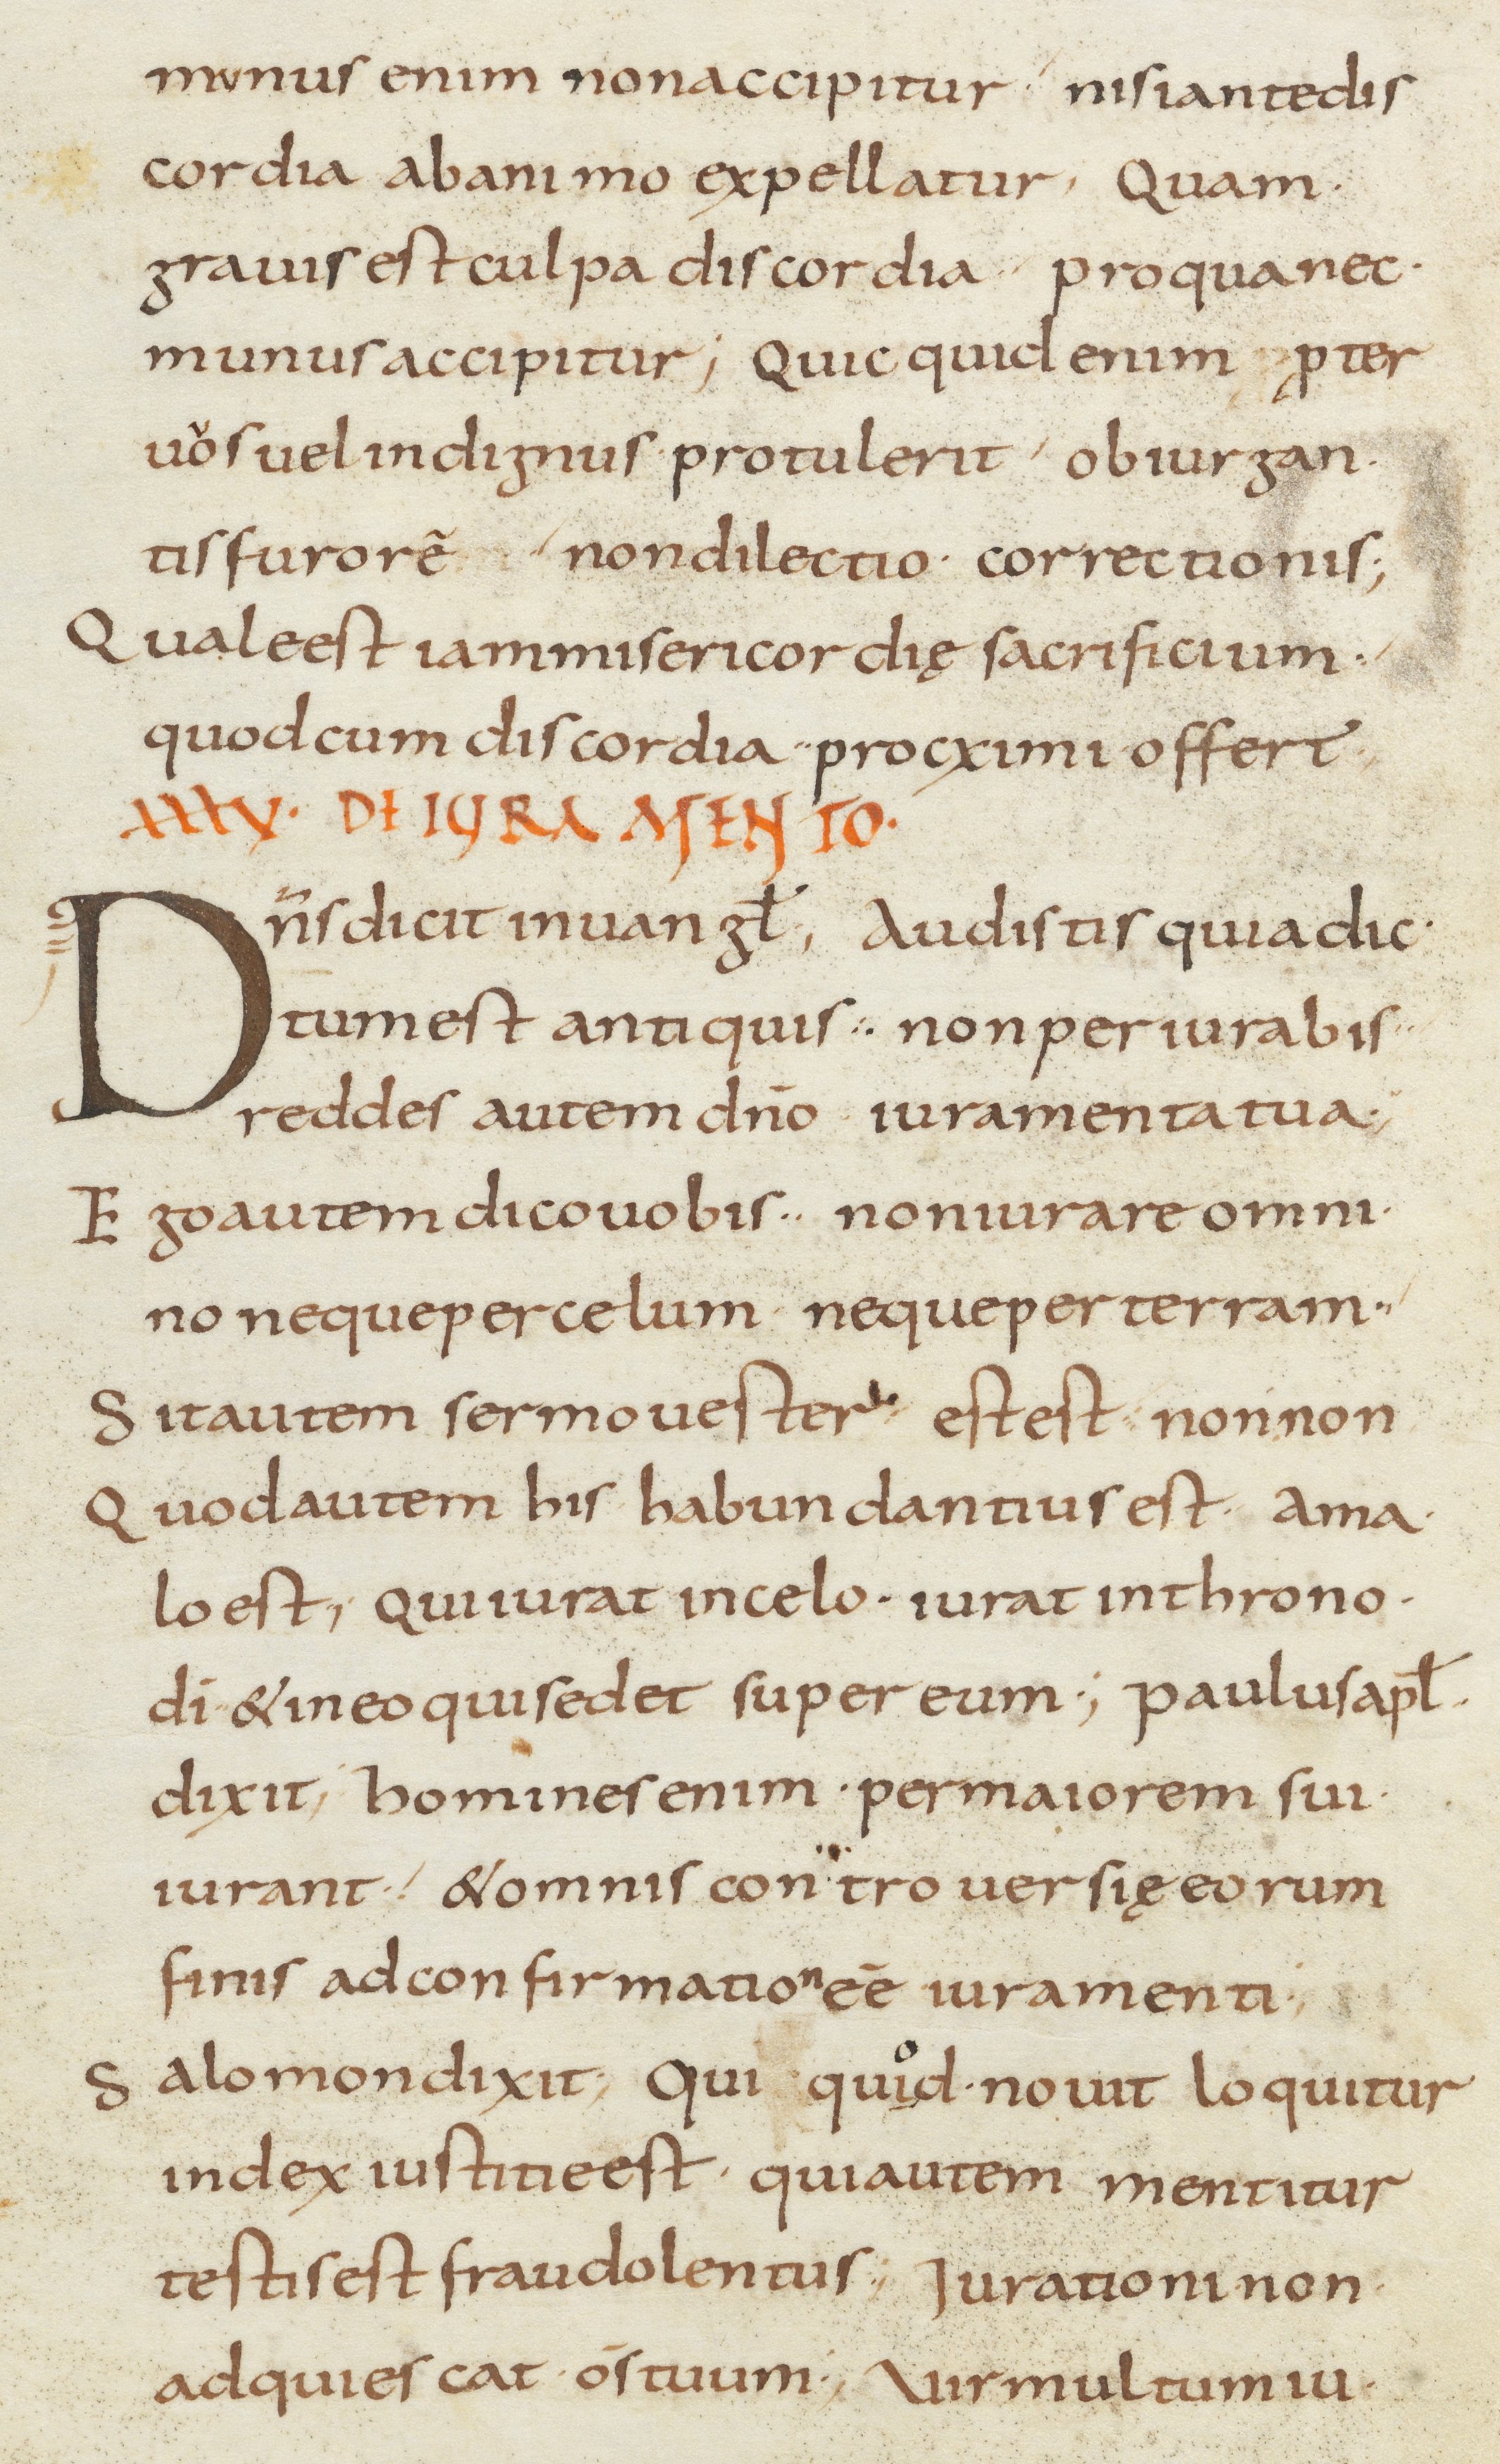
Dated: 800–899